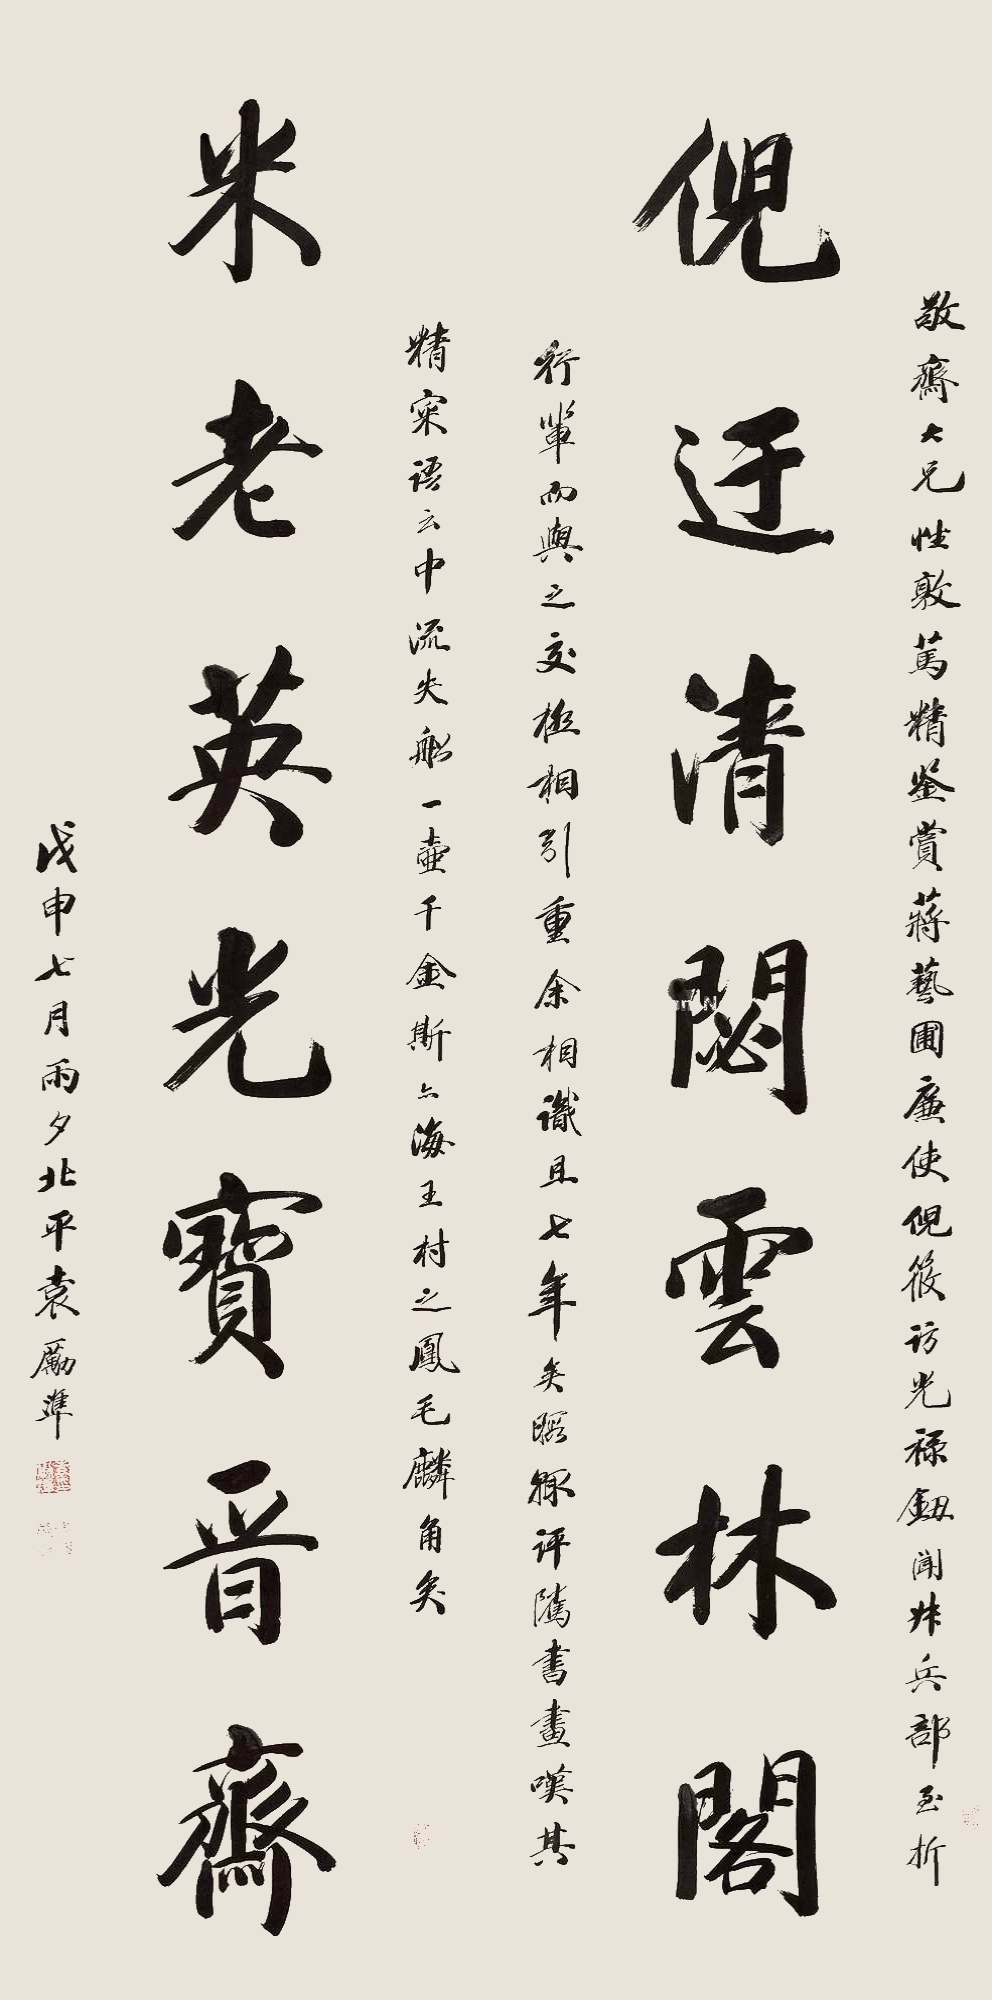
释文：倪迂清閟云林阁，米老英光宝晋斋。敬斋大兄性敦笃，精鉴赏。蒋艺圃廉使，倪筱访光禄，钮闻叔兵部至折行辈而兴之交极相引重。余相识且七年矣，暇輙评隲书画，叹其精彩语云：中流失舩一壶千金，斯亦海王村之凤毛麟角矣。戊申七月雨夕，北平袁励准。